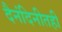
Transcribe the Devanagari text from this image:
दैनंदिनीतही